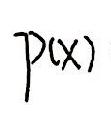
\(P(x)\)